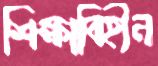
শিক্ষাবিহীন